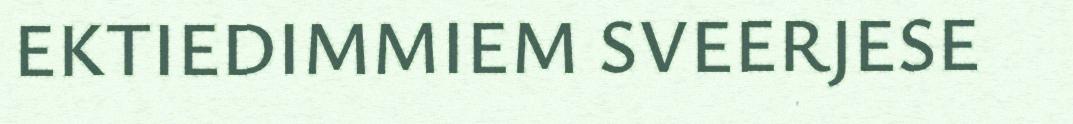
EKTIEDIMMIEM SVEERJESE